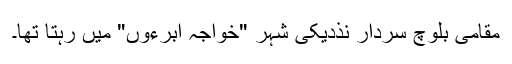
مقامی بلوچ سردار نذدیکی شہر "خواجہ ابرءوں" میں رہتا تھا۔